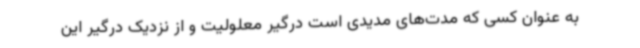
به عنوان کسی که مدت‌های مدیدی است درگیر معلولیت و از نزدیک درگیر این